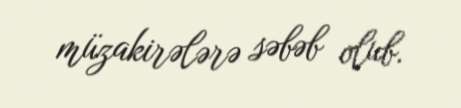
müzakirələrə səbəb olub.